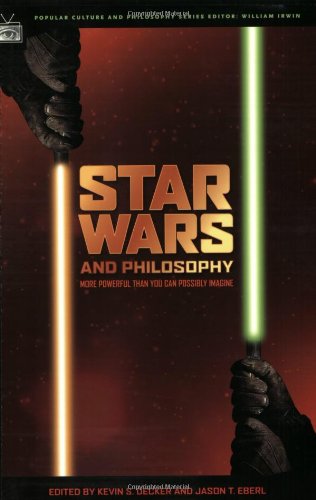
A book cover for Star Wars and Philosophy: More Powerful than You Can Possibly Imagine (Popular Culture and Philosophy); Humor & Entertainment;